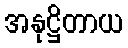
အနုဋ္ဌိတာယ